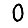
Digit: 0